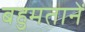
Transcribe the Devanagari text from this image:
बहुमतानें